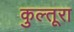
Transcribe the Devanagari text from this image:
कुल्तूरा